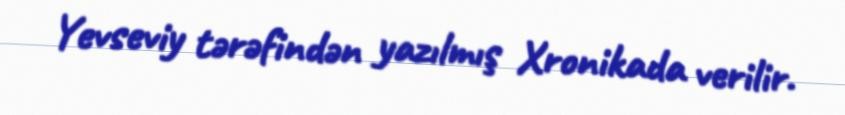
Yevseviy tərəfindən yazılmış Xronikada verilir.